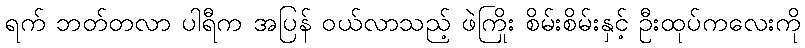
ရက် ဘတ်တလာ ပါရီက အပြန် ဝယ်လာသည့် ဖဲကြိုး စိမ်းစိမ်းနှင့် ဦးထုပ်ကလေးကို